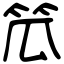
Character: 笟